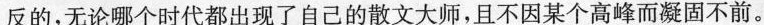
反的，无论哪个时代都出现了自己的散文大师，且不因某个高峰而凝固不前。